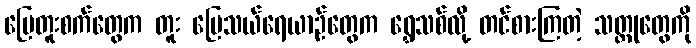
မြေတူးစက်တွေက တူး မြေသယ်ရေယာဉ်တွေက ရွှေသစ်လို့ တင်စားကြတဲ့ သတ္တုတွေကို